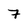
Character: 7